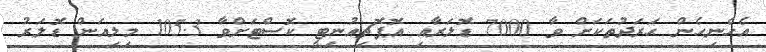
އެހެނިހެން ޙަރަދުތަކަށް ވާ 7000 ޑޮލަރާއި އޮޕޮޗިއުނިޓީ ކޮސްޓަށްވާ 105.3 މިލިއަން ޑޮލަރު